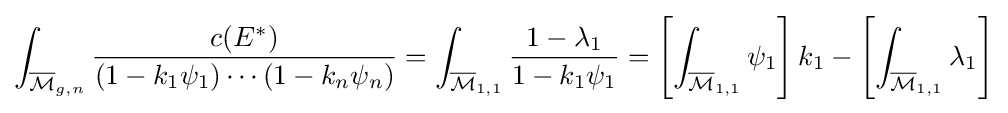
\int _{{\overline {\mathcal {M}}}_{g,n}}{\frac {c(E^{*})}{(1-k_{1}\psi _{1})\cdots (1-k_{n}\psi _{n})}}=\int _{{\overline {\mathcal {M}}}_{1,1}}{\frac {1-\lambda _{1}}{1-k_{1}\psi _{1}}}=\left[\int _{{\overline {\mathcal {M}}}_{1,1}}\psi _{1}\right]k_{1}-\left[\int _{{\overline {\mathcal {M}}}_{1,1}}\lambda _{1}\right]